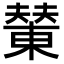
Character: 𪳭